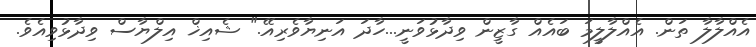
އެއްލާލާ ތަން. އެއްލާލީމަ ބައެއް ގާޒީން ވިދާޅުވަނީ...ހާދަ އަނިޔާވެރިއޭ." ޝެއިޚް އިލްޔާސް ވިދާޅުވިއެވެ.